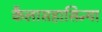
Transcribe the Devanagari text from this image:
कैलासहासिन्या